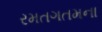
રમતગતમના